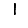
Digit: 1